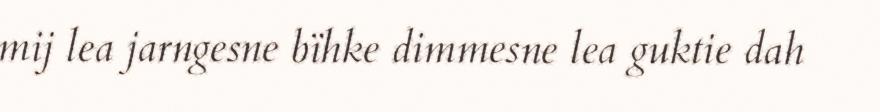
mij lea jarngesne bïhke dimmesne lea guktie dah